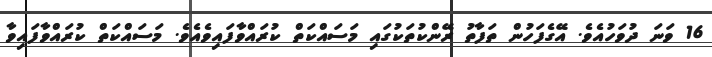
16 ވަނަ ދުވަހުއެވެ. އޭގެފަހުން ތަފާތު ރޭންކުތަކުގައި މަސައްކަތް ކުރައްވާފައިވެއެވެ. މަސައްކަތް ކުރައްވާފައިވާ